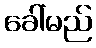
ခေါ်မည်